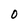
Character: 0